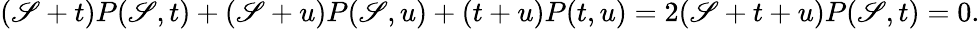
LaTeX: (\mathscr{S}+t)P(\mathscr{S},t)+(\mathscr{S}+u)P(\mathscr{S},u)+(t+u)P(t,u)=2(\mathscr{S}+t+u)P(\mathscr{S},t)=0.